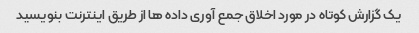
یک گزارش کوتاه در مورد اخلاق جمع آوری داده ها از طریق اینترنت بنویسید